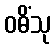
ဝဓိံသု